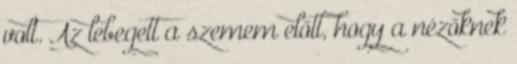
volt. Az lebegett a szemem előtt, hogy a nézőknek